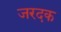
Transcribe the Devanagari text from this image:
जरदक